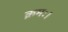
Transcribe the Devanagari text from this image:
क्रमः।